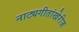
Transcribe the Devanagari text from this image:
नाट्यगीतांखेरीज